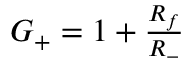
\begin{array} { r } { G _ { + } = 1 + \frac { R _ { f } } { R _ { - } } } \end{array}